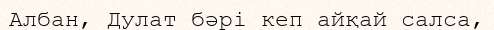
Албан, Дулат бәрі кеп айқай салса,